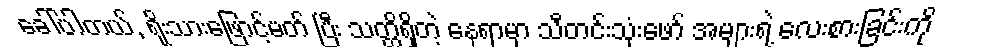
ခေါ်ပါတယ်, ရိုးသားဖြောင့်မတ် ပြီး သတ္တိရှိတဲ့ နေရာမှာ သီတင်းသုံးဖော် အများရဲ့ လေးစားခြင်းကို